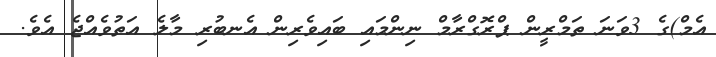
އެމް)ގެ 3ވަނަ ތަމްރީން ޕްރޮގްރާމް ނިންމައި ބައިވެރިން އެނބުރި މާލެ އަތުވެއްޖެ އެވެ.